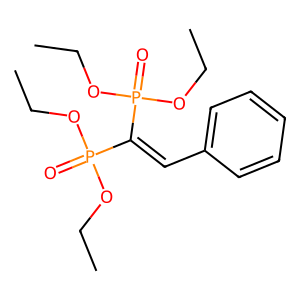
SMILES: CCOP(=O)(OCC)C(=Cc1ccccc1)P(=O)(OCC)OCC
Inhibits HIV replication: No